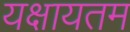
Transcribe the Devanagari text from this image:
यक्षायतम